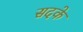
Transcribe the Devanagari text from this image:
सदके